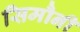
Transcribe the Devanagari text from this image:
सिमौनी